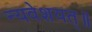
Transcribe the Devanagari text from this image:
न्यवेशयत्॥